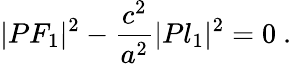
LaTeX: |PF_{1}|^{2}-{\frac{c^{2}}{a^{2}}}|Pl_{1}|^{2}=0\ .